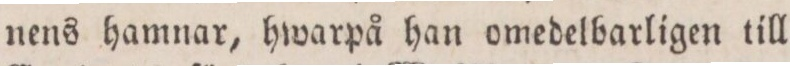
nens hamnar, hwarpå han omedelbarligen till